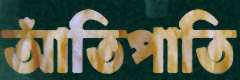
আঁতিপাতি